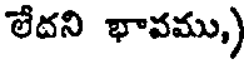
లేదని భావము,)